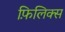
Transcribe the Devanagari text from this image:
फ़िलिक्स